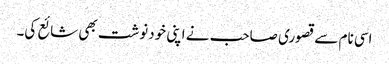
اسی نام سے قصوری صاحب نے اپنی خودنوشت بھی شائع کی۔